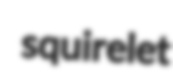
squirelet